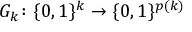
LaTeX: G _ { k } \colon \{ 0 , 1 \} ^ { k } \to \{ 0 , 1 \} ^ { p ( k ) }